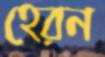
হেরন